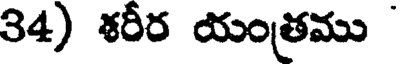
34) శరీర యంత్రము